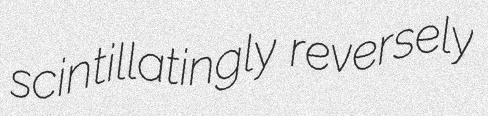
scintillatingly reversely